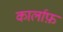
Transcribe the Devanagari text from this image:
कार्लाफ़